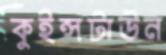
কুইন্সটাউন